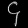
Digit: ၄